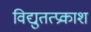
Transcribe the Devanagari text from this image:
विद्युतत्प्रकाश